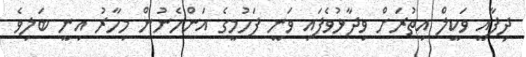
ދިފާއީ ވަކީލް އިތުރަށް ވިދާޅުވެފައި ވަނީ ފަހުމީގެ އަންހެނުން މިހާރު އިނީ ބަލިވެ